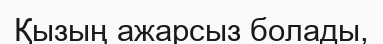
Қызың ажарсыз болады,